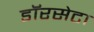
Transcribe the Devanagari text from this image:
डॉरसेटा